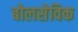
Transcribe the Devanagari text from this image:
बोलसेविक